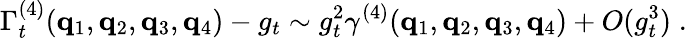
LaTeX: \Gamma_{t}^{(4)}({\mathbf{q}}_{1},{\mathbf{q}}_{2},{\mathbf{q}}_{3},{\mathbf{q}}_{4})-g_{t}\sim g_{t}^{2}\gamma^{(4)}({\mathbf{q}}_{1},{\mathbf{q}}_{2},{\mathbf{q}}_{3},{\mathbf{q}}_{4})+O(g_{t}^{3})\; .